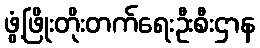
ဖွံ့ဖြိုးတိုးတက်ရေးဦးစီးဌာန